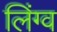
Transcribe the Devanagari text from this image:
लिंग्व